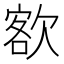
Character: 𣣟